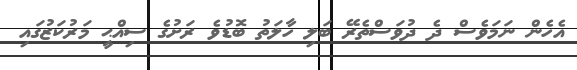
އެހެން ނަމަވެސް ދެ ދުވަސްތެރޭ ބަލި ހާލަތު ބޮޑުވެ ރަށުގެ ސިއްޙީ މަރުކަޒުގައި